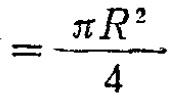
$=\frac{\pi R^{2}}{4}$